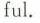
ful.